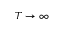
T \rightarrow \infty